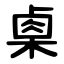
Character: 㮚